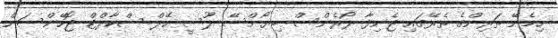
ހިމެނޭ ތަރިންގެ ތެރޭގައި ޖެނިފާ ލޯރެންސް ބިޔޯންސޭ ލޫސީ ހޭލް ސްކާލްޓް ޖޮހޭންސަން